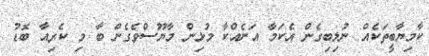
ކާމިޔާބީތަކެއް ނުލިބިގެން އެކަމާ އަނެއްކާ މުޅިން މާޔޫސްވެގެން ބާ މި ކެރިއާ ބޮޑު